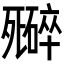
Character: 𬆜